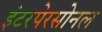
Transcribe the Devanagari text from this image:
इंटरपेरसोनल